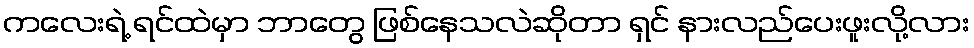
ကလေးရဲ့ ရင်ထဲမှာ ဘာတွေ ဖြစ်နေသလဲဆိုတာ ရှင် နားလည်ပေးဖူးလို့လား